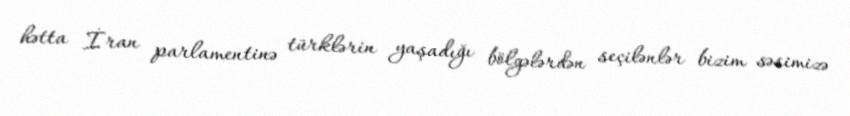
hətta İran parlamentinə türklərin yaşadığı bölgələrdən seçilənlər bizim səsimizə